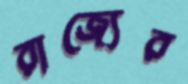
রাজ্যের